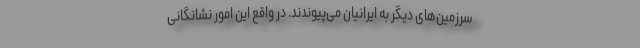
سرزمین‌های دیگر به ایرانیان می‌پیوندند. در واقع این امور نشانگانی